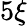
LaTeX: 5\xi